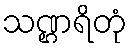
သဏ္ဌရိတုံ